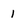
Character: 1